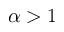
\alpha > 1